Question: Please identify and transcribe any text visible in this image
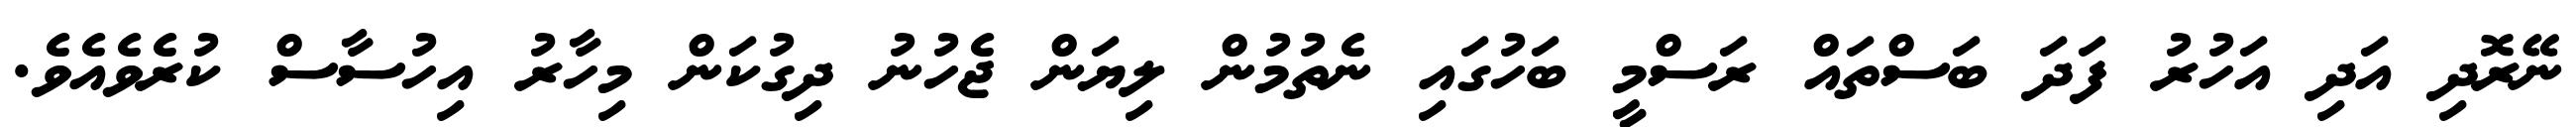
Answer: ނޭރޮދި އަދި އަހުރު ފަދަ ބަސްތައް ރަސްމީ ބަހުގައި ނެތުމުން ލިޔަން ޖެހުނު ދިގުކަން މިހާރު އިހުސާސް ކުރެވެއެވެ.